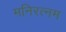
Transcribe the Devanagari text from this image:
मनिरत्नम